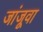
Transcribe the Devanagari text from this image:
जांजूवा